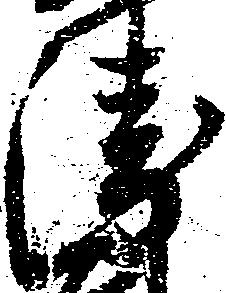
衛